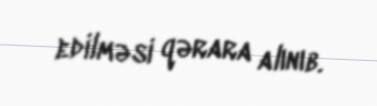
edilməsi qərara alınıb.